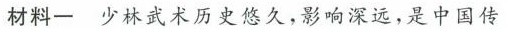
材料一 少林武术历史悠久，影响深远，是中国传